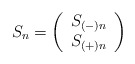
\begin{align*}S_{n}=\left( \begin{array}{c}S_{(-)n}\\S_{(+)n}\end{array}\right)\end{align*}